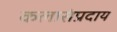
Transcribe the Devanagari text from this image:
कलासंप्रदाय